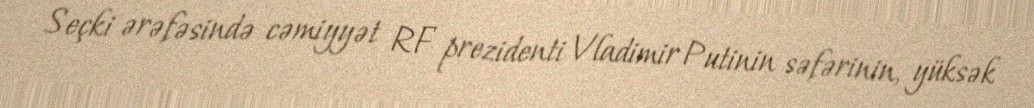
Seçki ərəfəsində cəmiyyət RF prezidenti Vladimir Putinin səfərinin, yüksək